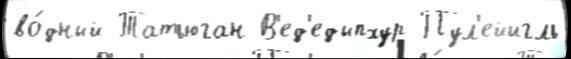
во́дный Татьюган В'ед'едыпхур Пул'ейигль